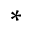
\ast